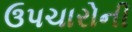
ઉપચારોની